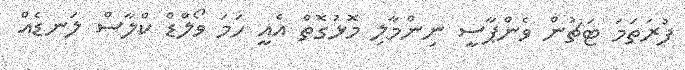
ފުރަތަމަ ޓަޗުން ވެންޕާސީ ނިންމާލި މޮޅުގޮތް އެއީ ހަމަ ވޯލްޑް ކްލާސް ލަނޑެއް